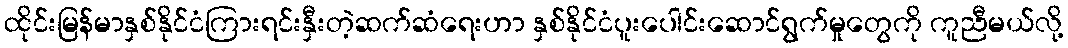
ထိုင်းမြန်မာနှစ်နိုင်ငံကြားရင်းနှီးတဲ့ဆက်ဆံရေးဟာ နှစ်နိုင်ငံပူးပေါင်းဆောင်ရွက်မှုတွေကို ကူညီမယ်လို့